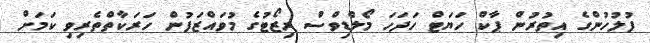
ފުލުހުންގެ އިތުރުން ޕާކް ހަޔަޓް ހަދަހަ މޯލްޑިވްސް ރިޒޯޓުގެ މުވައްޒަފުން ހަރަކާތްތެރިވި ކަމަށް